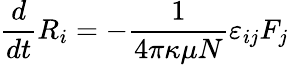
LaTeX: {\frac{d}{dt}}R_{i}=-{\frac{1}{4\pi\kappa\mu N}}\varepsilon_{ij}F_{j}